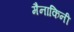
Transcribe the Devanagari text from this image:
मैनाकिनी